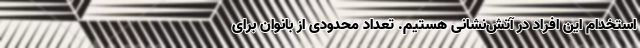
استخدام این افراد در آتش‌نشانی هستیم. تعداد محدودی از بانوان برای